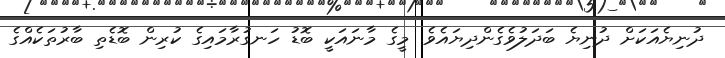
ދުނިޔެއަކަށް ދުނިޔެ ބަދަލުވެގެންދިޔައެވެ. މީގެ މާނައަކީ ބޮޑު ހަނގުރާމައިގެ ކުރިން ބޮޑެތި ބާރުތަކެއްގެ